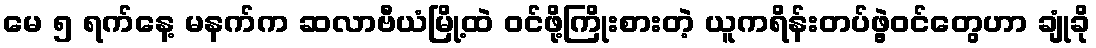
မေ ၅ ရက်နေ့ မနက်က ဆလာဗီယံမြို့ထဲ ဝင်ဖို့ကြိုးစားတဲ့ ယူကရိန်းတပ်ဖွဲ့ဝင်တွေဟာ ချုံခို